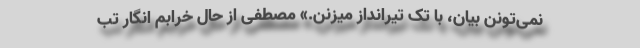
نمی‌تونن بیان، با تک تیرانداز میزنن.» مصطفی از حال خرابم انگار تب